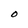
Character: O